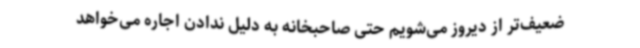
ضعیف‌تر از دیروز می‌شویم حتی صاحبخانه به دلیل ندادن اجاره می‌خواهد